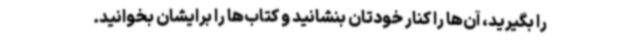
را بگیرید، آن‌ها را کنار خودتان بنشانید و کتاب‌ها را برایشان بخوانید.